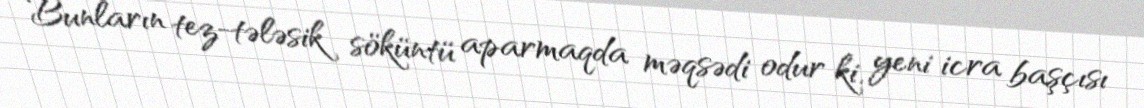
Bunların tez-tələsik söküntü aparmaqda məqsədi odur ki, yeni icra başçısı